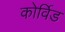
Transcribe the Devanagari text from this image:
कोर्विड